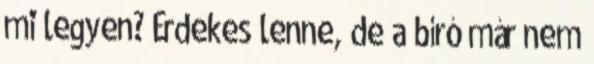
mi legyen? Érdekes lenne, de a bíró már nem